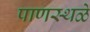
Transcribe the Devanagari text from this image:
पाणस्थळे